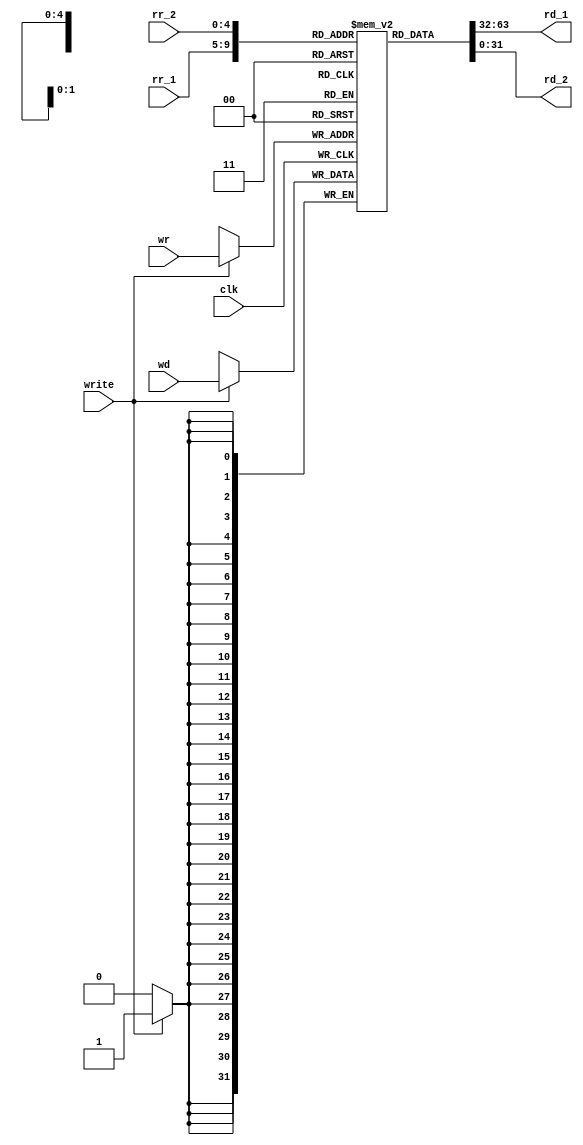
module rf_32(rd_1, rd_2, rr_1, rr_2, wr, wd, write, clk);
	output reg	   [31:0]	rd_1, rd_2;
	input wire 		[4:0]	rr_1, rr_2, wr;
	input wire 		[31:0]	wd;
	input wire				write;
	input wire				clk;
	
	reg				[31:0]	register_file[31:0];
	always @(posedge clk) begin
		if (write==1) 	register_file[wr] <= wd;
	end
	assign	rd_1 	= 	register_file[rr_1];
	assign 	rd_2 	= 	register_file[rr_2];

	
endmodule